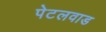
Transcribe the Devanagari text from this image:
पेटलवाड